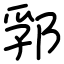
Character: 郛